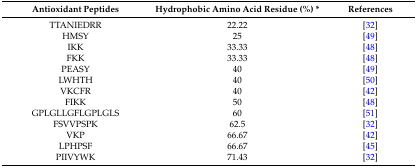
| Antioxidant Peptides | Hydrophobic Amino Acid Residue (%) * | References |
 | --- | --- | --- |
 | TTANIEDRR | 22.22 | [32] |
 | HMSY | 25 | [49] |
 | IKK | 33.33 | [48] |
 | FKK | 33.33 | [48] |
 | PEASY | 40 | [49] |
 | LWHTH | 40 | [50] |
 | VKCFR | 40 | [42] |
 | FIKK | 50 | [48] |
 | GPLGLLGFLGPLGLS | 60 | [51] |
 | FSVVPSPK | 62.5 | [32] |
 | VKP | 66.67 | [42] |
 | LPHPSF | 66.67 | [45] |
 | PIIVYWK | 71.43 | [32] |